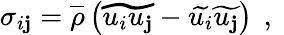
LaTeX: \sigma_{i\mathbf{j}}=\overline{{{\rho}}}\left(\widetilde{{u_{i}u_{\mathbf{j}}}}-\widetilde{{u_{i}}}\widetilde{{u_{\mathbf{j}}}}\right)\, \mathrm{{~,~}}